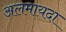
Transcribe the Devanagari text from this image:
अलमायदा